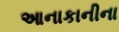
આનાકાનીના